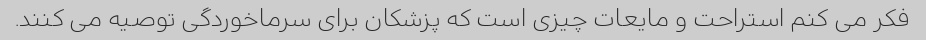
فکر می کنم استراحت و مایعات چیزی است که پزشکان برای سرماخوردگی توصیه می کنند.